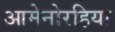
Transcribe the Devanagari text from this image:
आमेनोरहिया